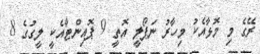
ރޭގެ މި މޮޅާއެކު މިހާރު ނަޕޯލީ އޮތީ 9 ޕޮއިންޓާއެކީ ލީގުގެ 8